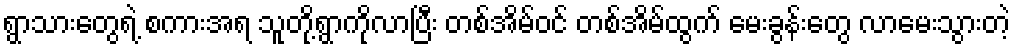
ရွာသားတွေရဲ့ စကားအရ သူတို့ရွာကိုလာပြီး တစ်အိမ်ဝင် တစ်အိမ်ထွက် မေးခွန်းတွေ လာမေးသွားတဲ့